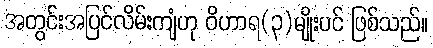
အတွင်းအပြင်လိမ်းကျံဟု ဝိဟာရ(၃)မျိုးပင် ဖြစ်သည်။